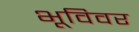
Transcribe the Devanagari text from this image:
भूविवर